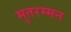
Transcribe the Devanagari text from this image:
मुतरम्मन